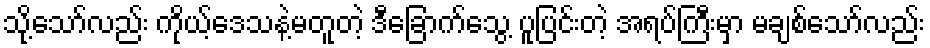
သို့သော်လည်း ကိုယ့်ဒေသနဲ့မတူတဲ့ ဒီခြောက်သွေ့ ပူပြင်းတဲ့ အရပ်ကြီးမှာ မချစ်သော်လည်း